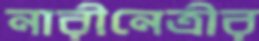
নারীনেত্রীর